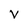
Character: V